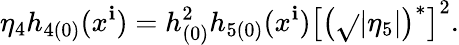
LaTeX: \eta_{4}h_{4(0)}(x^{\mathbf{i}})=h_{(0)}^{2}h_{5(0)}(x^{\mathbf{i}})\left[\left(\sqrt{}{{|\eta_{5}|}}\right)^{\ast}\right]^{2}.